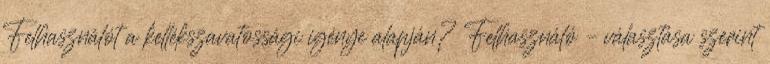
Felhasználót a kellékszavatossági igénye alapján? Felhasználó – választása szerint